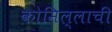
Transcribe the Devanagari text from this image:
कोमिल्लाची